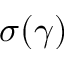
\sigma ( \gamma )